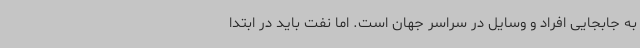
به جابجایی افراد و وسایل در سراسر جهان است. اما نفت باید در ابتدا